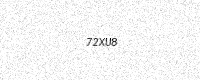
Text: 72XU8